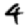
Digit: 4